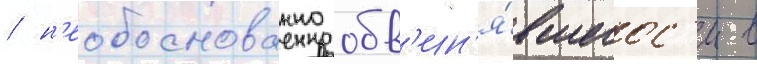
/ н'еобоснованно обв'ин'я́вшегос'я в